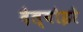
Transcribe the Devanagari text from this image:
देल्वोइरे